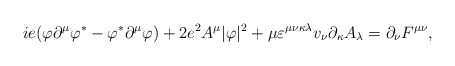
\begin{align*}ie(\varphi \partial ^{\mu }\varphi ^{\ast }-\varphi ^{\ast }\partial ^{\mu}\varphi )+2e^{2}A^{\mu }|\varphi |^{2}+\mu \varepsilon ^{\mu \nu \kappa\lambda }v_{\nu }\partial _{\kappa }A_{\lambda }=\partial _{\nu }F^{\mu \nu}, \end{align*}